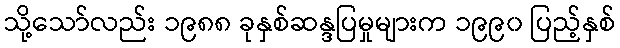
သို့သော်လည်း ၁၉၈၈ ခုနှစ်ဆန္ဒပြမှုများက ၁၉၉၀ ပြည့်နှစ်